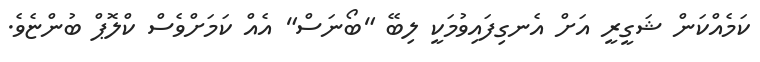
ކަމެއްކަން ޝަގީރީ އަށް އެނގިފައިވުމަކީ ލިބޭ "ބޯނަސް" އެއް ކަމަށްވެސް ކްލޮޕް ބުންޏެވެ.